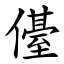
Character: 㒗